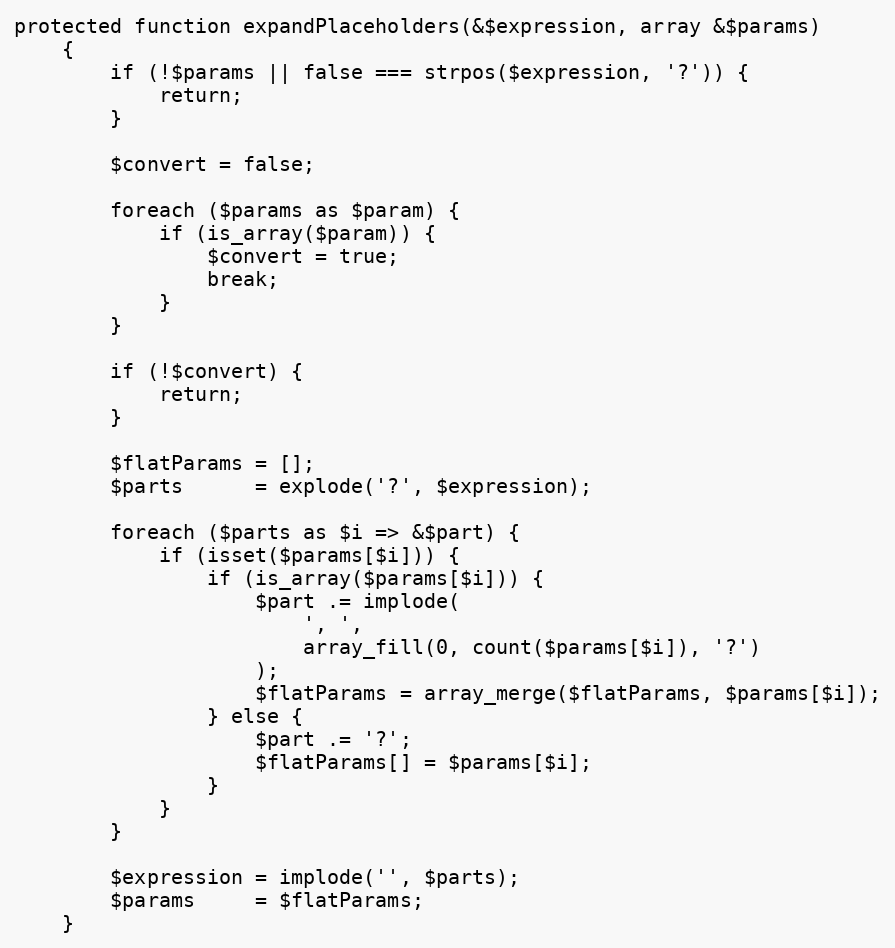
Language: PHP
protected function expandPlaceholders(&$expression, array &$params)
    {
        if (!$params || false === strpos($expression, '?')) {
            return;
        }

        $convert = false;

        foreach ($params as $param) {
            if (is_array($param)) {
                $convert = true;
                break;
            }
        }

        if (!$convert) {
            return;
        }

        $flatParams = [];
        $parts      = explode('?', $expression);

        foreach ($parts as $i => &$part) {
            if (isset($params[$i])) {
                if (is_array($params[$i])) {
                    $part .= implode(
                        ', ',
                        array_fill(0, count($params[$i]), '?')
                    );
                    $flatParams = array_merge($flatParams, $params[$i]);
                } else {
                    $part .= '?';
                    $flatParams[] = $params[$i];
                }
            }
        }

        $expression = implode('', $parts);
        $params     = $flatParams;
    }